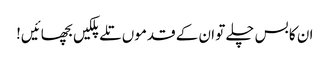
ان کا بس چلے تو ان کے قدموں تلے پلکیں بچھائیں!